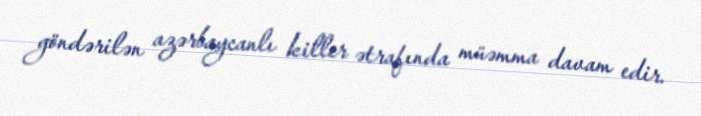
göndərilən azərbaycanlı killer ətrafında müəmma davam edir.